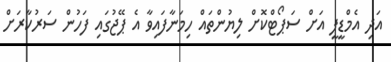
އަދި އެމްޑީޕީ އަށް ސަޕޯޓްކޮށް ލިޔުންތައް ހިމަނާފައިވާ އެ ޕޭޖުގައި ފަހުން ސަރުކާރަށް